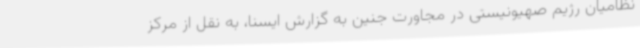
نظامیان رژیم صهیونیستی در مجاورت جنین به گزارش ایسنا، به نقل از مرکز